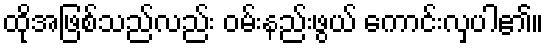
ထိုအဖြစ်သည်လည်း ဝမ်းနည်းဖွယ် ကောင်းလှပါ၏။